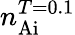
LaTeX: n_{\mathrm{Ai}}^{T=0.1}